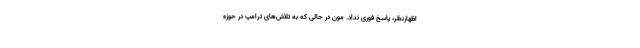
اظهارنظر، پاسخ فوری نداد. مون در حالی که به تلاش‌های ترامپ در حوزه